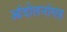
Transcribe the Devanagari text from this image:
आंदोलनांसह